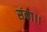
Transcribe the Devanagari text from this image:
संका।।